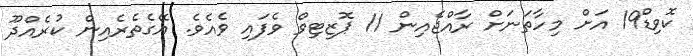
ކޮވިޑް19 އަށް މިހާތަނަށް ރާއްޖެއިން 11 ޕޮޒިޓިވް ވެފައި ވެއެވެ. އޭގެތެރެއިން ކުރެއްދޫ